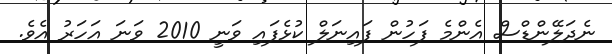
ނެދަލޭންޑްސް އެންމެ ފަހުން ފައިނަލް ކުޅެފައި ވަނީ 2010 ވަނަ އަހަރު އެވެ.